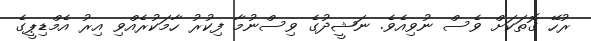
ރުހޭ ގޮތަކަށް ވެސް ނުވިއެވެ. ނަޝީދުގެ ވިސްނުމާ ފިކުރު ހާމަކުރެއްވި އިރު އެމްޑިޕީގެ